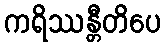
ကရိဿန္တီတိပေ